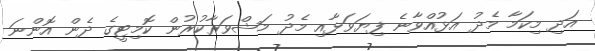
އަދި މިކަމާ މެދު އަޅުއްވާނެ ފިޔަވަޅާއި މެދު މަޝްވަރާކުރުން ކޮމިޓީގެ ދެން އޮންނަ